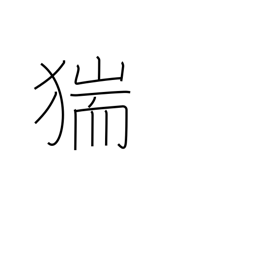
Meaning: wild boar